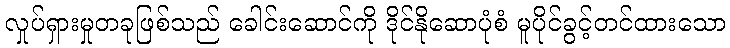
လှုပ်ရှားမှုတခုဖြစ်သည် ခေါင်းဆောင်ကို ဒိုင်နိုဆောပုံစံ မူပိုင်ခွင့်တင်ထားသော